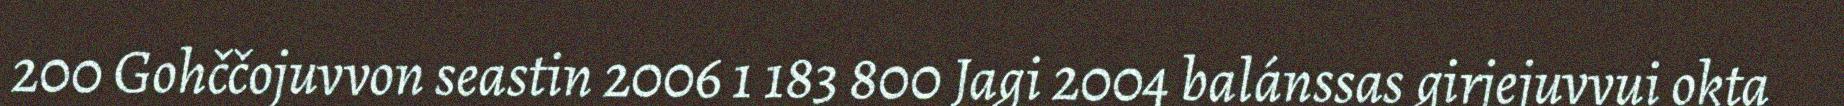
200 Gohččojuvvon seastin 2006 1 183 800 Jagi 2004 balánssas girjejuvvui okta